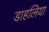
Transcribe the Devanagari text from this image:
डाहलिया